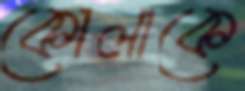
কোলাকে